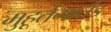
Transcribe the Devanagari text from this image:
मुहूर्तमार्तंड